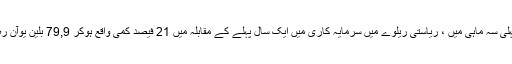
سال کی پہلی سہ ماہی میں ، ریاستی ریلوے میں سرمایہ کاری میں ایک سال پہلے کے مقابلہ میں 21 فیصد کمی واقع ہوکر 79,9 بلین یوآن رہ گئی ہے۔